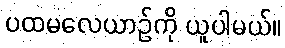
ပထမလေယာဉ်ကို ယူပါမယ်။